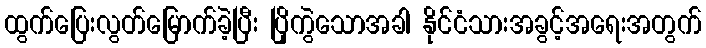
ထွက်ပြေးလွတ်မြောက်ခဲ့ပြီး ပြိုကွဲသောအခါ နိုင်ငံသားအခွင့်အရေးအတွက်